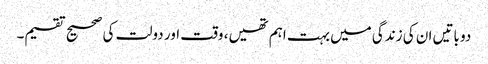
دو باتیں ان کی زندگی میں بہت اہم تھیں، وقت اور دولت کی صحیح تقسیم۔